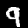
Digit: 9